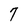
Character: 7